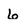
Character: 6